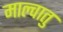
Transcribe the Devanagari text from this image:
माल्वातु